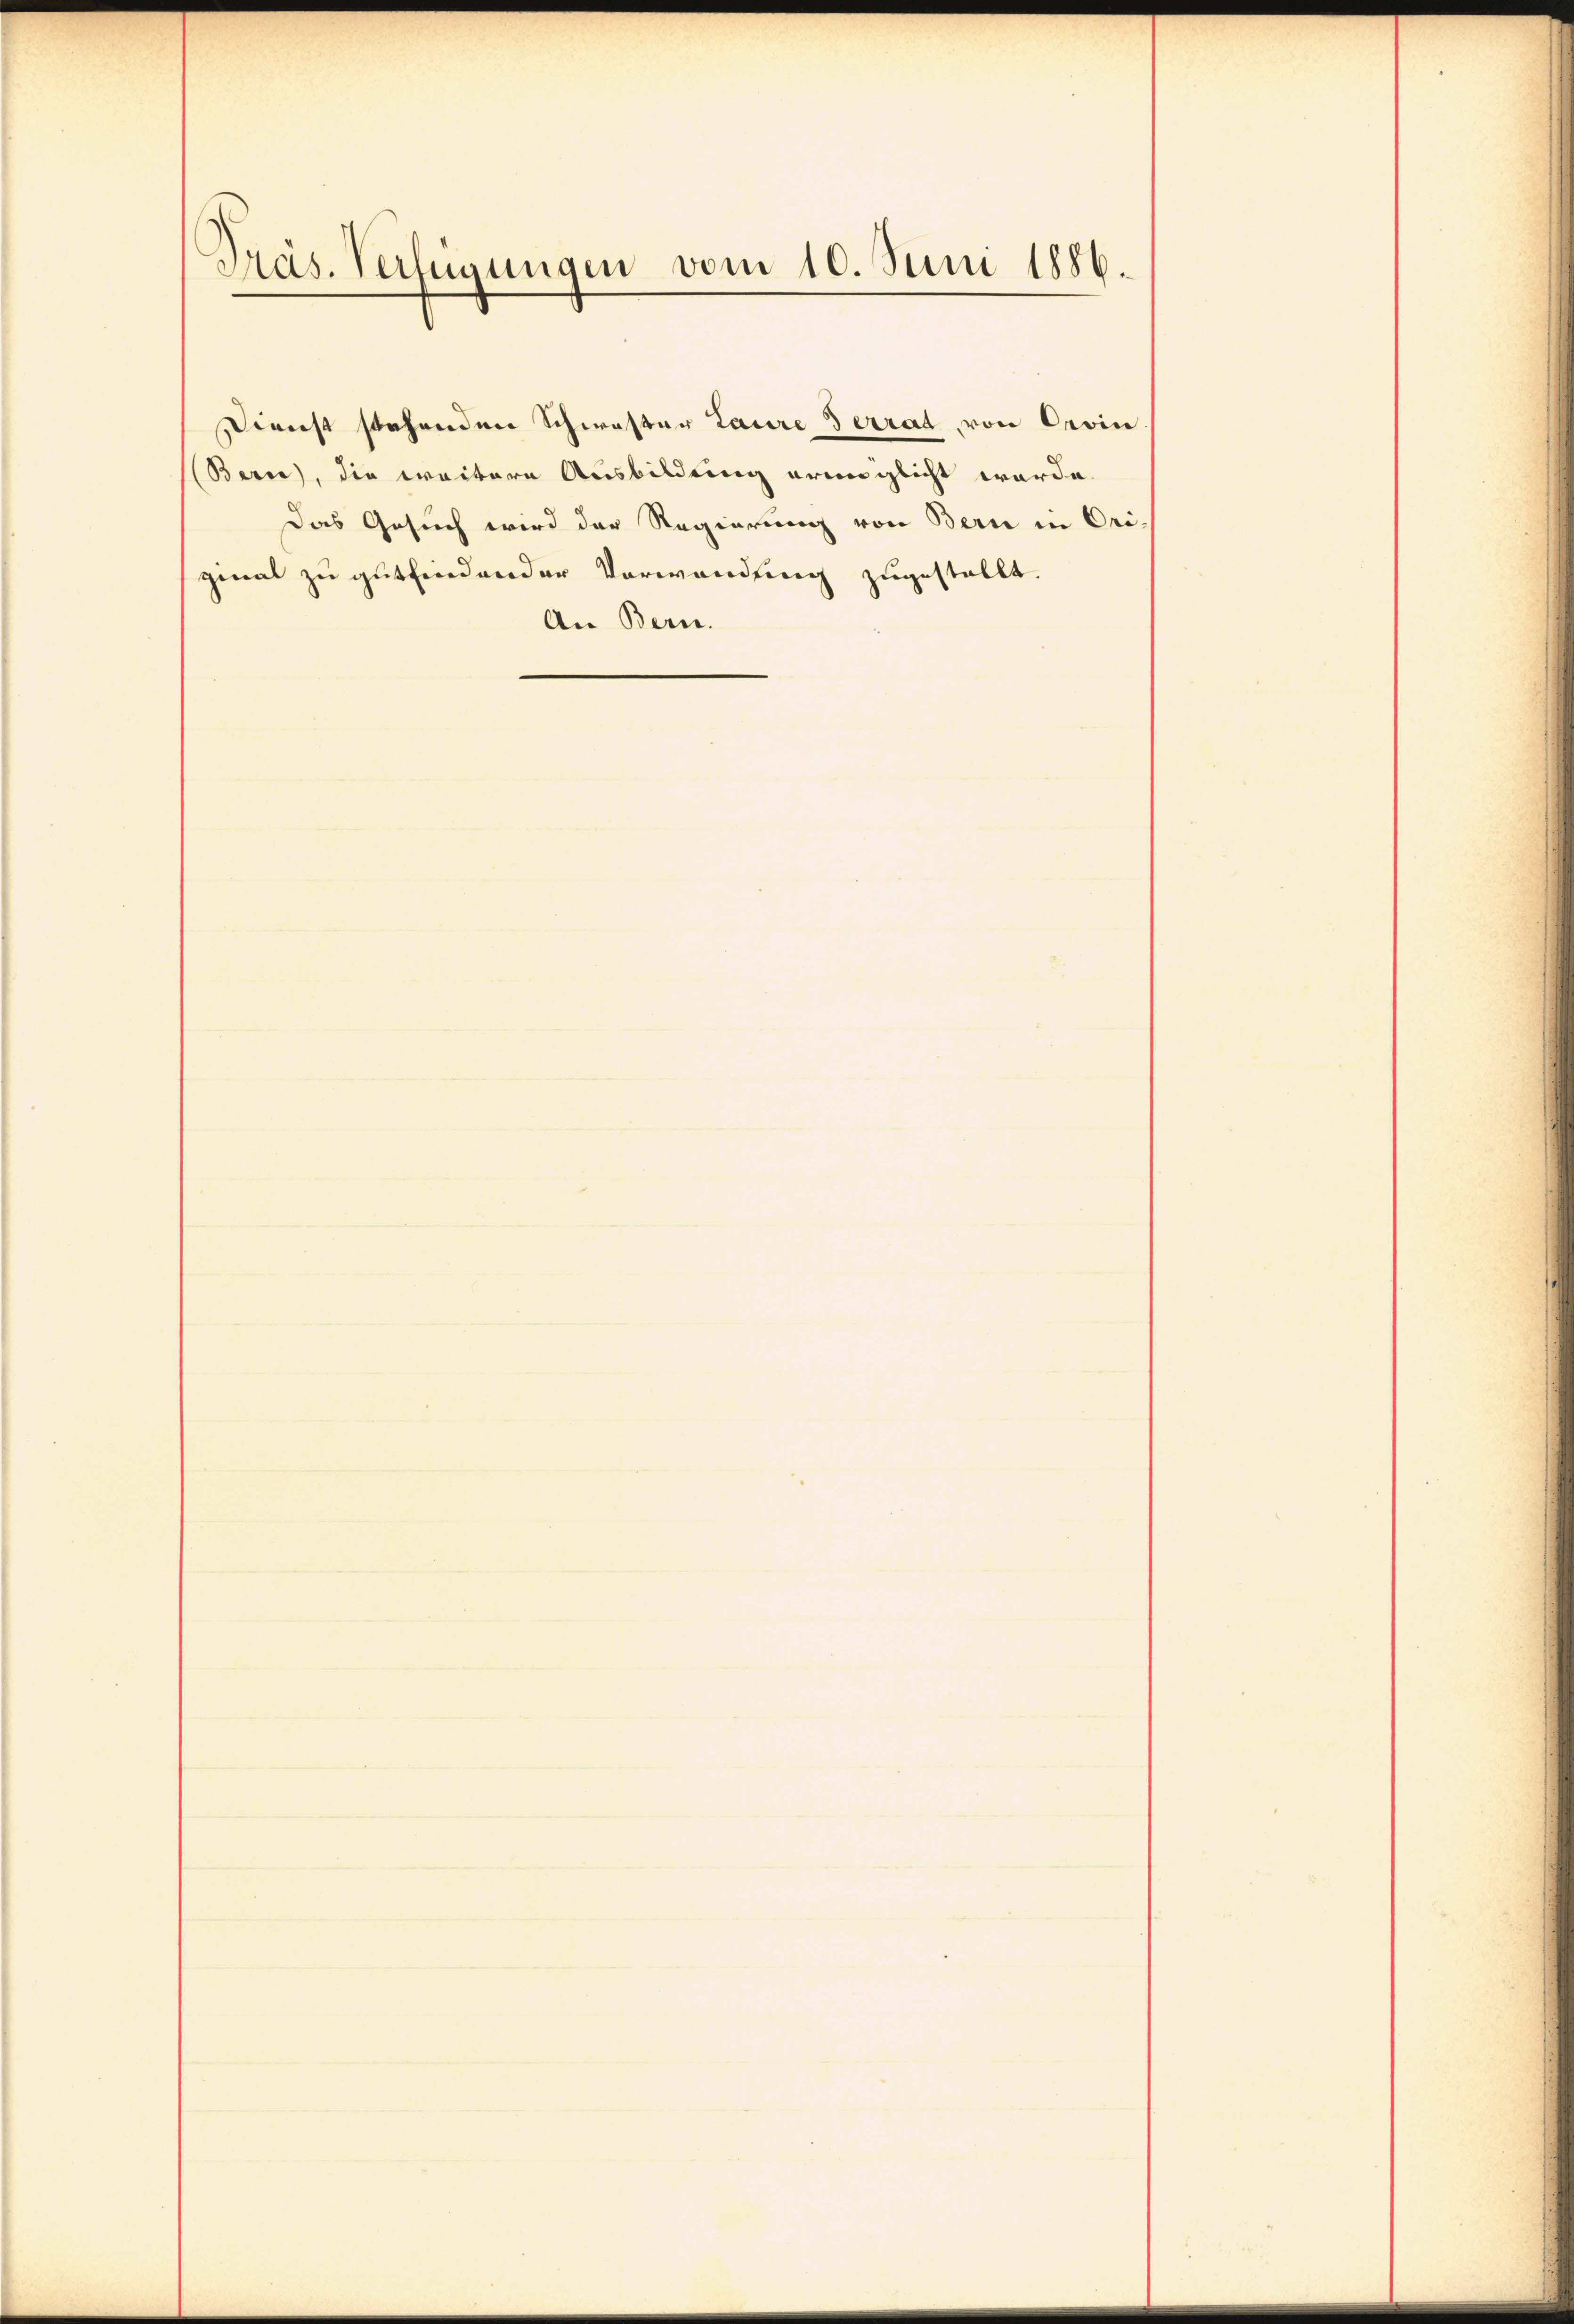
Präs. Verfügungen vom 10. Juni 1886.

(Berce, die weitere Ausbildung eringlicht werde.
Das Gesuch wird der Regierung von Bern in Orizinal zu gutfindender Verwendung zugestellt.
An Bern.

Dienst stehenden Schwester Laure Terrat von Orvin